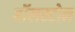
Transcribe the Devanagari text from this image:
बॉलस्टोन